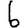
Digit: 6